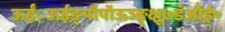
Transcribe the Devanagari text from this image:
ऊईं़ऊईङ्पॉपॉऊञ्ङ़़्क्षू७डंऑई॰